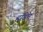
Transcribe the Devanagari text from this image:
हॉडेन